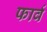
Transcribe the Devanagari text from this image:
फार्व